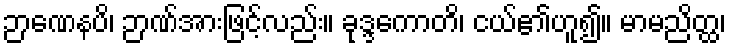
ဉာဏေနပိ၊ ဉာဏ်အားဖြင့်လည်း။ ခုဒ္ဒကောတိ၊ ငယ်၏ဟူ၍။ မာမညိတ္ထ၊